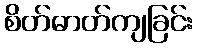
စိတ်ဓာတ်ကျခြင်း